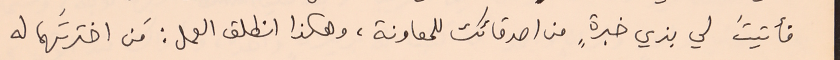
فأتيتَ لي بزي خبرةٍ من اصدقائك للمعاونة، وهكذا انطلق العمل : مَن اخترتَهما له